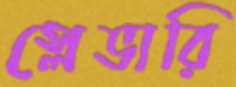
স্লেভারি